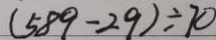
( 5 8 9 - 2 9 ) \div 7 0